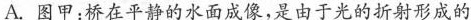
A.图甲：桥在平静的水面成像，是由于光的折射形成的